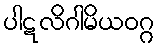
ပါဋလိဂါမိယဝဂ္ဂ